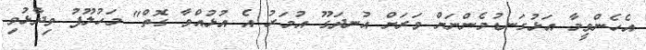
އެހެންވީމާ އަޅުގަނޑުމެންނަށް ވަރަށް އުނދަގޫ އުމަރު އެ އުޅުއްވާ ގޮތް" މަހުލޫފު ވިދާޅުވި